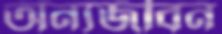
অন্যজীবন